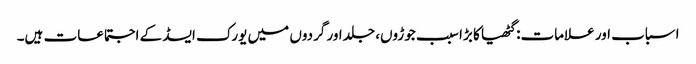
اسباب اور علامات: گٹھیا کا بڑا سبب جوڑوں، جلد اور گردوں میں یورک ایسڈ کے اجتماعات ہیں۔